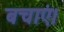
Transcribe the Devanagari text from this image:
बचाएं।